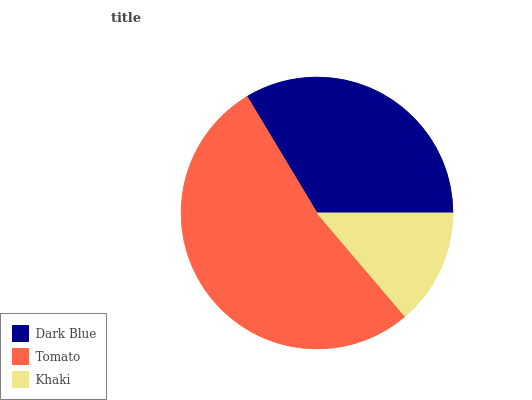
| Dark Blue | Tomato | Khaki |
 | --- | --- | --- |
 | 33.6% | 52.7% | 13.8% |